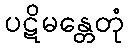
ပဋိမန္တေတုံ